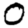
Digit: 0